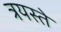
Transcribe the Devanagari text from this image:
त्रयस्ते